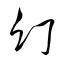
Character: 幻